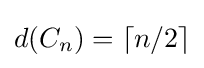
d(C_{n})=\lceil n/2\rceil